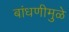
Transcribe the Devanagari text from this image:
बांधणीमुळे